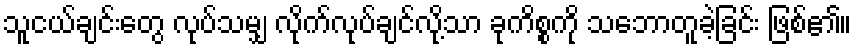
သူငယ်ချင်းတွေ လုပ်သမျှ လိုက်လုပ်ချင်လို့သာ ခုကိစ္စကို သဘောတူခဲ့ခြင်း ဖြစ်၏။